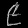
Digit: ၉